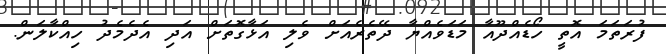
ފުރަތަމަ އޮތީ ހޯޑެއްދޫއާ މަޑަވެއްޔާ ދޭތެރެއަށް ވެލި އަޅާގޮތަށް އަދި އެދެމެދު ހިއްކާލަން.